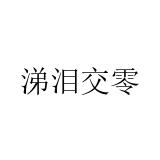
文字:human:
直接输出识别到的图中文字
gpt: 涕泪交零